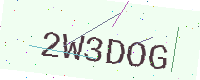
Text: 2W3DOG